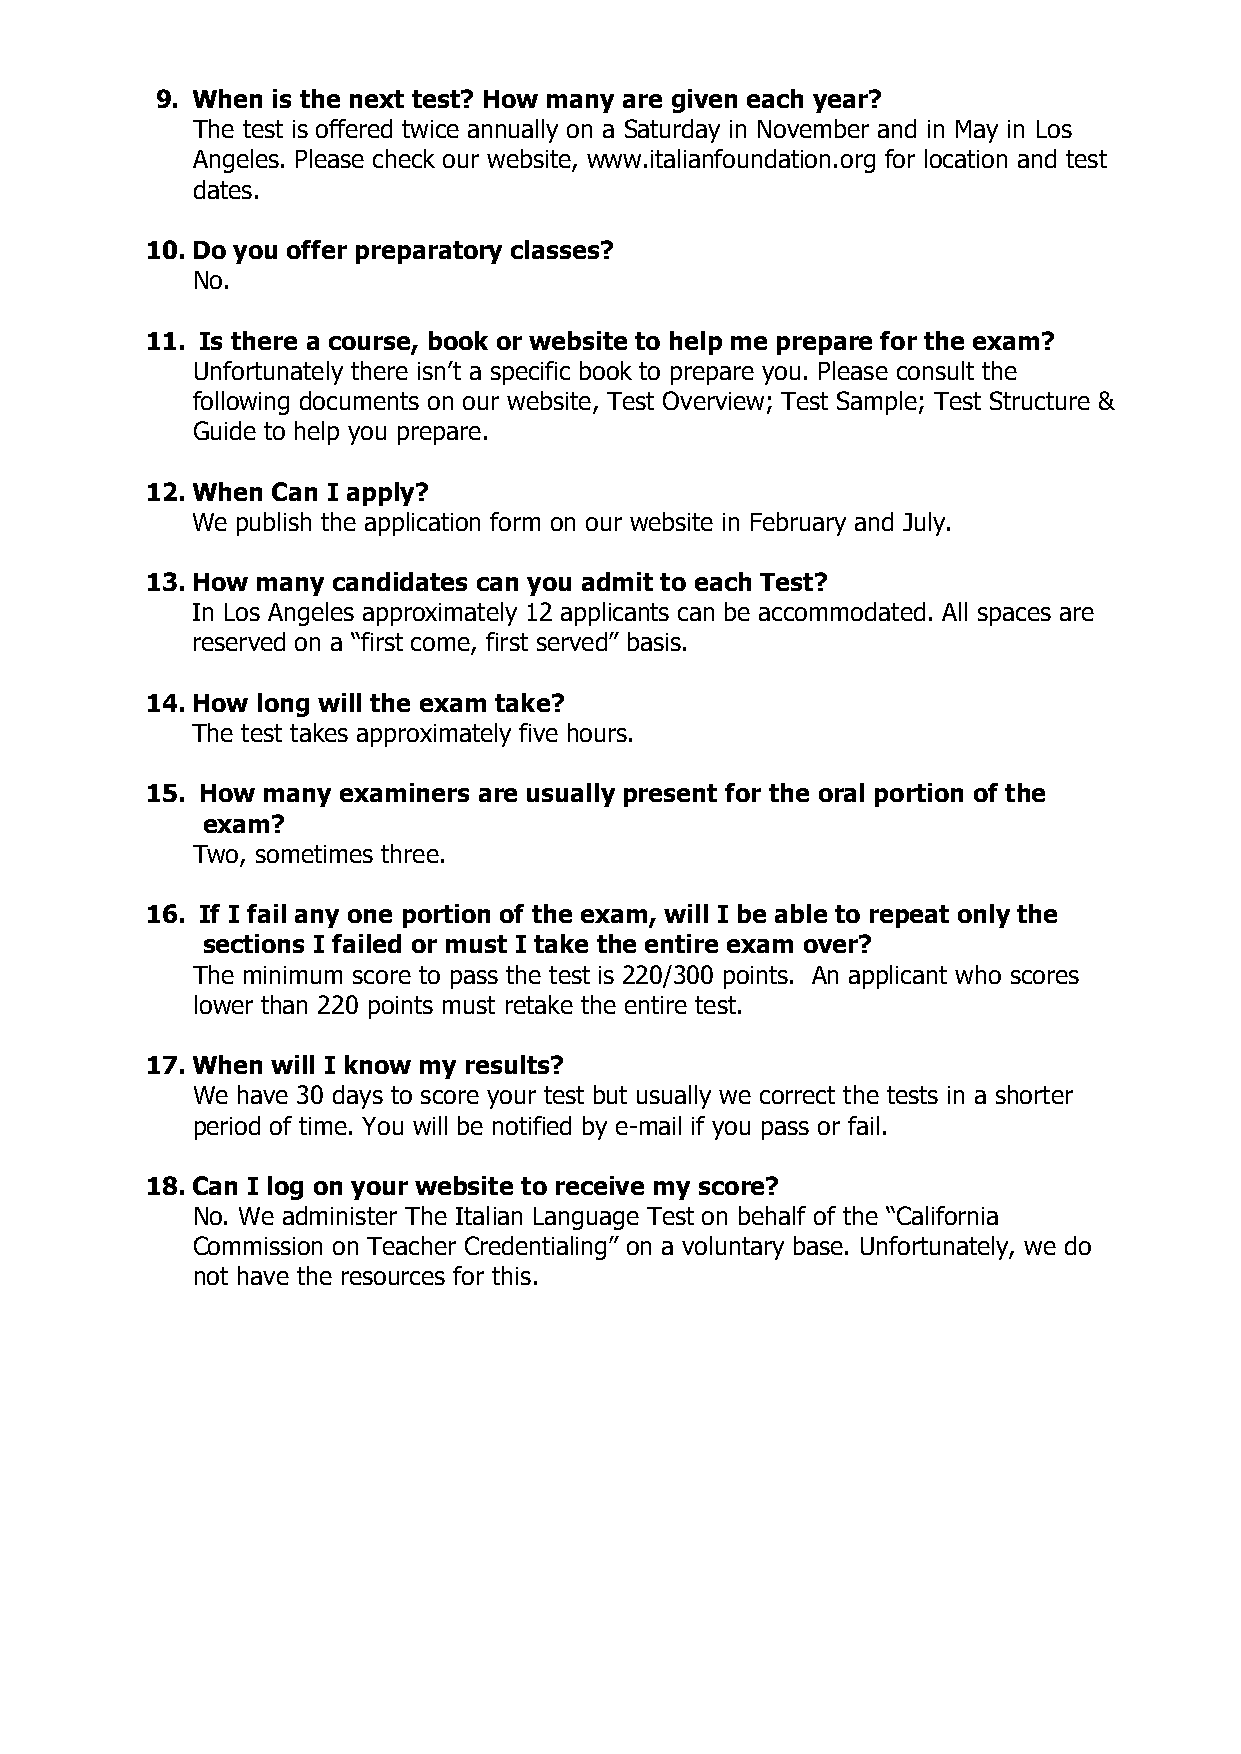
9. When is the next test? How many are given each year?
 The test is offered twice annually on a Saturday in November and in May in Los
 Angeles. Please check our website, www.italianfoundation.org for location and test
 dates.
 10. Do you offer preparatory classes?
 No.
 11. Is there a course, book or website to help me prepare for the exam?
 Unfortunately there isn’t a specific book to prepare you. Please consult the
 following documents on our website, Test Overview; Test Sample; Test Structure &
 Guide to help you prepare.
 12. When Can I apply?
 We publish the application form on our website in February and July.
 13. How many candidates can you admit to each Test?
 In Los Angeles approximately 12 applicants can be accommodated. All spaces are
 reserved on a “first come, first served” basis.
 14. How long will the exam take?
 The test takes approximately five hours.
 15. How many examiners are usually present for the oral portion of the
 exam?
 Two, sometimes three.
 16. If I fail any one portion of the exam, will I be able to repeat only the
 sections I failed or must I take the entire exam over?
 The minimum score to pass the test is 220/300 points. An applicant who scores
 lower than 220 points must retake the entire test.
 17. When will I know my results?
 We have 30 days to score your test but usually we correct the tests in a shorter
 period of time. You will be notified by e-mail if you pass or fail.
 18. Can I log on your website to receive my score?
 No. We administer The Italian Language Test on behalf of the “California
 Commission on Teacher Credentialing” on a voluntary base. Unfortunately, we do
 not have the resources for this.